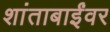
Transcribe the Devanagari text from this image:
शांताबाईंवर